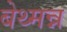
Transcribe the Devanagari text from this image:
बेथ्मन्न